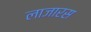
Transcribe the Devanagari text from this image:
लाजारस